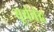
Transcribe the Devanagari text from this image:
सूर्यनंद